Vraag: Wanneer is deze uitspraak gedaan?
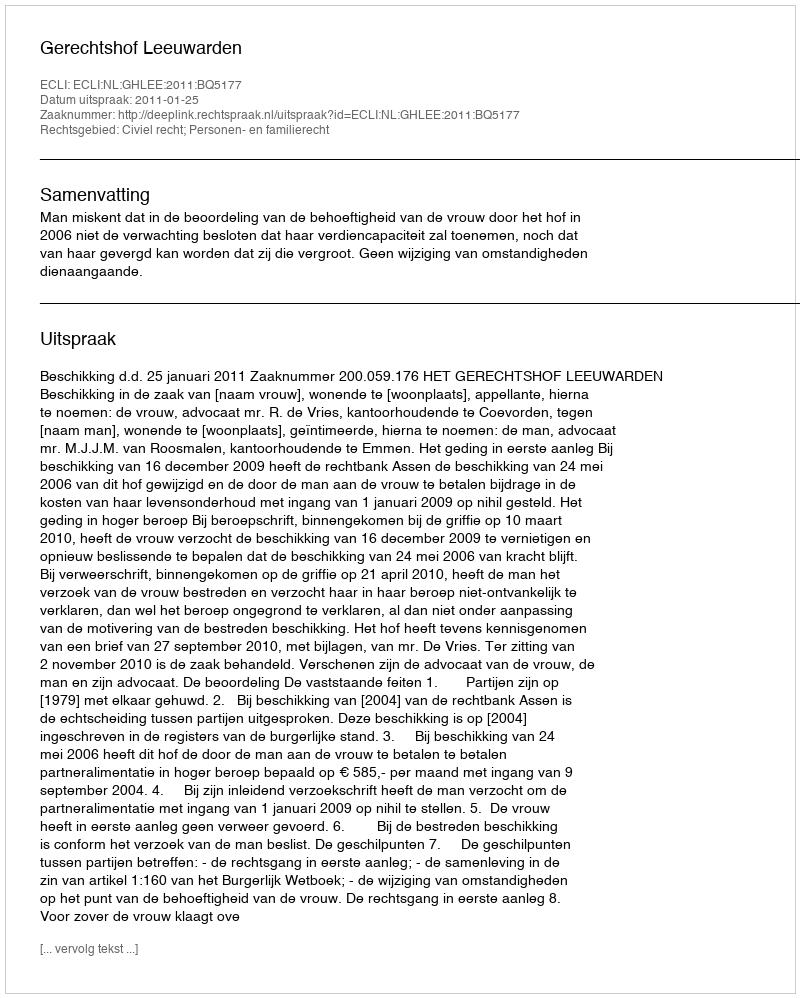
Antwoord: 2011-01-25